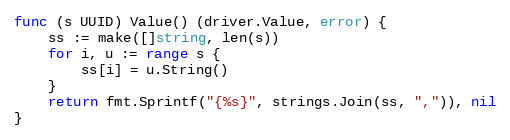
Language: Go
func (s UUID) Value() (driver.Value, error) {
	ss := make([]string, len(s))
	for i, u := range s {
		ss[i] = u.String()
	}
	return fmt.Sprintf("{%s}", strings.Join(ss, ",")), nil
}